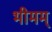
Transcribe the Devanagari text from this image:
भीमम्